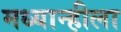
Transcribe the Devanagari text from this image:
मध्यान्हीला